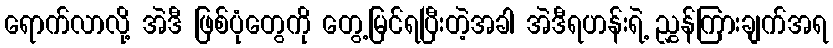
ရောက်လာလို့ အဲဒီ ဖြစ်ပုံတွေကို တွေ့မြင်ရပြီးတဲ့အခါ အဲဒီရဟန်းရဲ့ ညွှန်ကြားချက်အရ